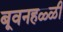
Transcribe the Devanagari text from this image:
बूवनहळ्ळी